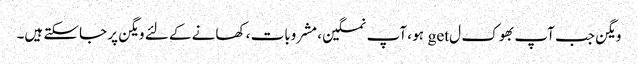
ویگن جب آپ بھوک ل get ہو ، آپ نمکین ، مشروبات ، کھانے کے لئے ویگن پر جاسکتے ہیں۔